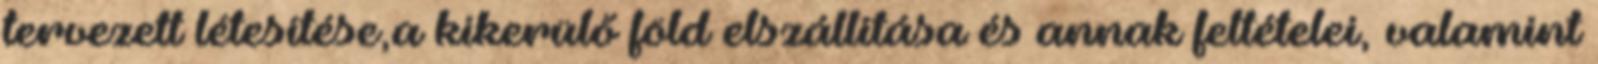
tervezett létesítése,a kikerülő föld elszállítása és annak feltételei, valamint